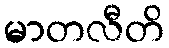
မာတလီတိ